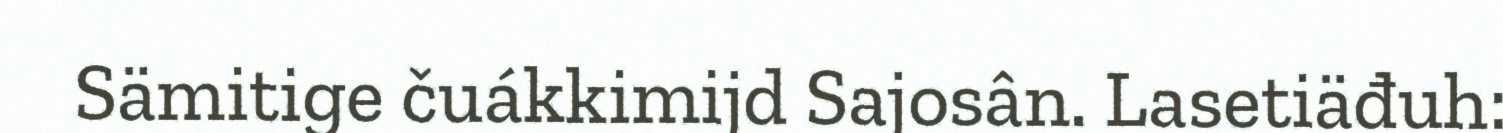
Sämitige čuákkimijd Sajosân. Lasetiäđuh: